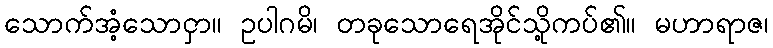
သောက်အံ့သောငှာ။ ဥပါဂမိ၊ တခုသောရေအိုင်သို့ကပ်၏။ မဟာရာဇ၊